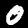
Label: 0